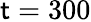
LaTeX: \mathsf{t}=300